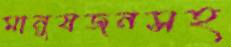
মানুষজনসহ